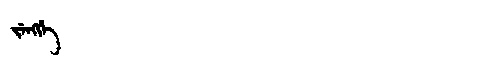
Manchu: ᠵᡝᠩᡤᡝ
Romanization: JENGGE